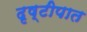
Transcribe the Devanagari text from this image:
दृष्टीपात